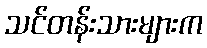
သင်တန်းသားများက